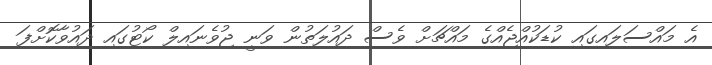
އެ މައްސަލައިގައި ކުޑަކުއްޖެއްގެ މައްޗަށް ވެސް ދައުލަތުން ވަނީ ޖުވެނައިލް ކޯޓުގައި ދައުވާކޮށްފަ